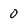
Character: 0